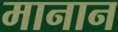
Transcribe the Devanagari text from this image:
मानान